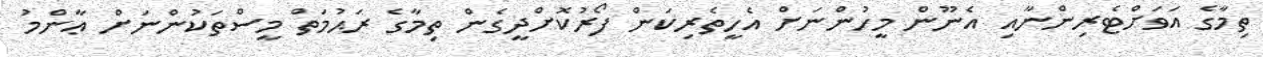
ތިމާގެ އަވަށްޓެރިންނާއި އެނޫން މީހުންނަށް އެހީތެރިކަން ފޯރުކޮށްދީގެން ތިމާގެ ރަޙުމަތް މީސްތަކުންނަށް ޢާންމު